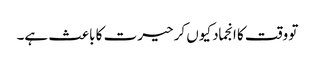
تو وقت کا انجماد کیوں کر حیرت کا باعث ہے۔